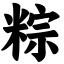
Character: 粽